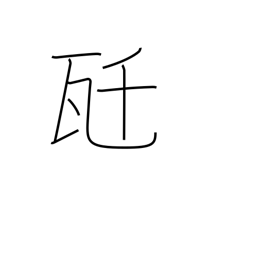
Meaning: kilogram